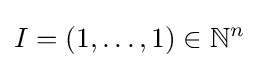
I=(1,\dots ,1)\in \mathbb {N} ^{n}